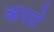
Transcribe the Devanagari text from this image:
कपदे